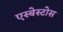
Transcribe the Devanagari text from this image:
एस्बेस्टोस